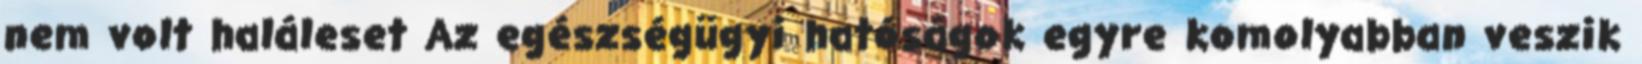
nem volt haláleset Az egészségügyi hatóságok egyre komolyabban veszik